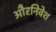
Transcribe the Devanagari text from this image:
औरनिवेश